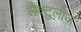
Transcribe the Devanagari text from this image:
लैक्टुलोज़